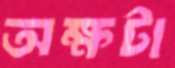
অক্ষটা